Indian journal of veterinary science and animal husbandry - Volumes 22-23, 1952-1953
Year: 1952
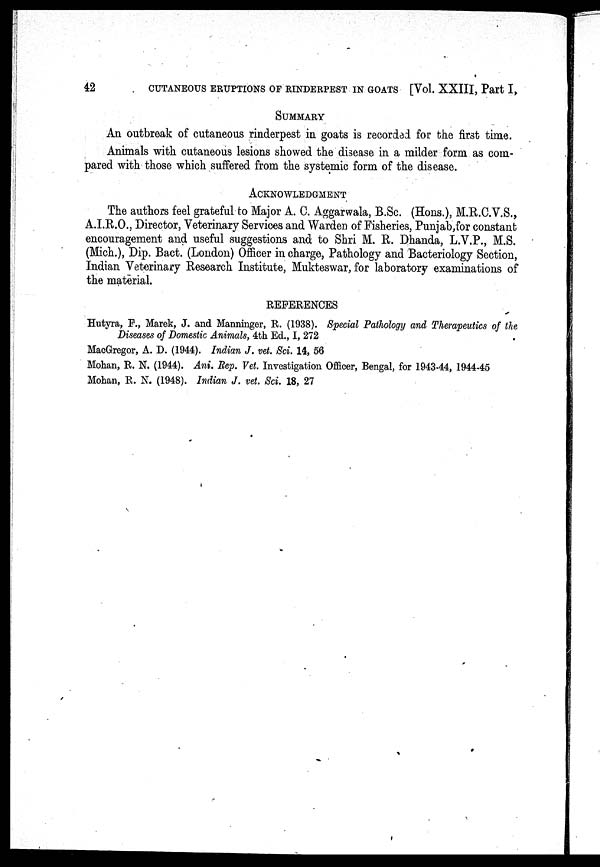
42
CUTANEOUS ERUPTIONS OF RINDERPEST IN GOATS [Vol. XXIII, Part I,
SUMMARY
An outbreak of cutaneous rinderpest in goats is recorded for the first time.
Animals with cutaneous lesions showed the disease in a milder form as com-
pared with those which suffered from the systemic form of the disease.
ACKNOWLEDGMENT
The authors feel grateful to Major A. C. Aggarwala, B.Sc. (Hons.), M.R.C.V.S.,
A.I.R.O., Director, Veterinary Services and Warden of Fisheries, Punjab,for constant
encouragement and useful suggestions and to Shri M. R. Dhanda, L.V.P., M.S.
(Mich.), Dip. Bact. (London) Officer in charge, Pathology and Bacteriology Section,
Indian Veterinary Research Institute, Mukteswar, for laboratory examinations of
the material.
REFERENCES
Hutyra, F., Marek, J. and Manninger, R. (1938). Special Pathology and Therapeutics of the
Diseases of Domestic Animals, 4th Ed., I, 272
MacGregor, A. D. (1944). Indian J. vet. Sci. 14, 56
Mohan, R. N. (1944). Ani. Rep. Vet. Investigation Officer, Bengal, for 1943-44, 1944-45
Mohan, R. N. (1948). Indian J. vet. Sci. 18, 27